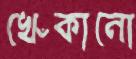
খেঁকানো